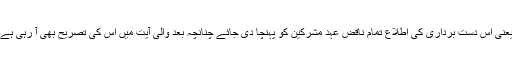
یعنی اس دست برداری کی اطلاع تمام ناقض عہد مشرکین کو پہنچا دی جائے چنانچہ بعد والی آیت میں اس کی تصریح بھی آ رہی ہے۔